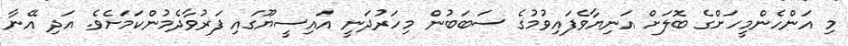
މި އަންހެންމީހަށްގެ ބޮލަށް އަނިޔާވެފައިވުމުގެ ސަބަބުން މިހަރުދަނީ އައިސީޔޫގައި ފަރުވާދެމުންކަމަށެވެ. އަދި އޭނާ